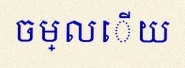
ចម្លើយ